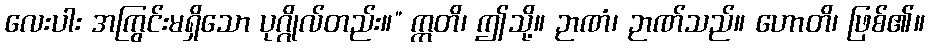
လေးပါး အကြွင်းမရှိသော ပုဂ္ဂိုလ်တည်း။” ဣတိ၊ ဤသို့။ ဉာဏံ၊ ဉာဏ်သည်။ ဟောတိ၊ ဖြစ်၏။